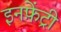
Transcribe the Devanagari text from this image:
इनफ़ेंट्री